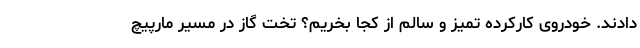
دادند. خودروی کارکرده تمیز و سالم از کجا بخریم؟ تخت گاز در مسیر مارپیچ